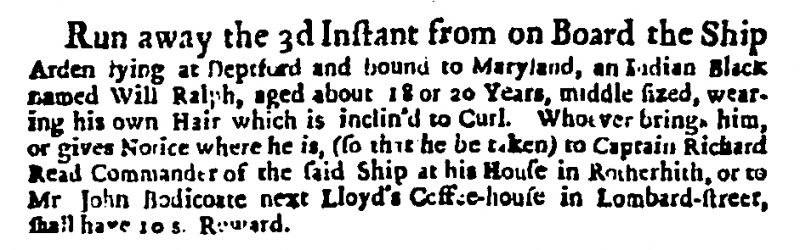
Daily Courant, 16 March 1713 (England)
Run away the 3d Instant from on Board the Ship Arden lying at Deptford and bound to Maryland, an Indian Black named Will Ralph, aged about 18 or 20 Years, middle sized, wearing his own Hair which is inclin’d to Curl. Whoever brings him, or gives Notice where he is, (so that he be taken) to Captain Richard Read Commander of the said Ship at his House in Rotherhith, or to Mr John Bodicoate next Lloyd’s Coffee-house in Lombard-street, shall have 10 s. Reward.